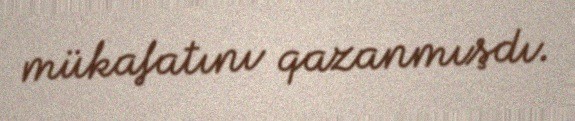
mükafatını qazanmışdı.